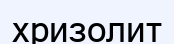
хризолит